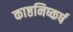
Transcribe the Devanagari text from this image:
काष्ठनिष्कर्ष